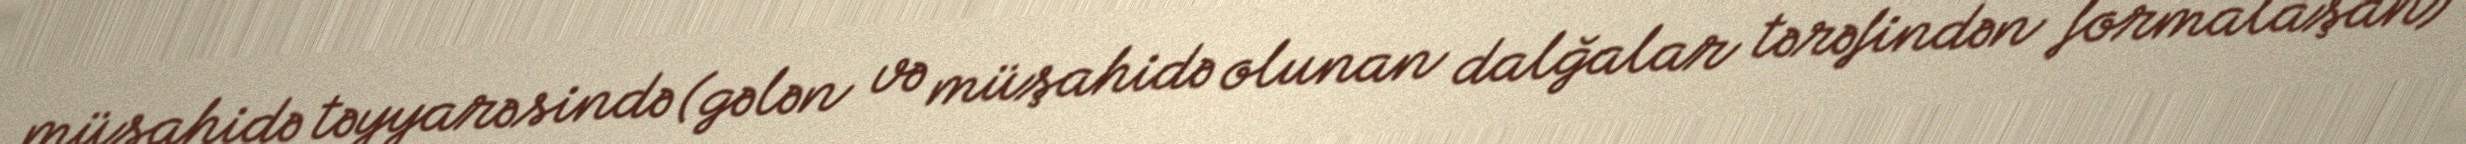
müşahidə təyyarəsində (gələn və müşahidə olunan dalğalar tərəfindən formalaşan)